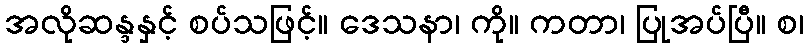
အလိုဆန္ဒနှင့် စပ်သဖြင့်။ ဒေသနာ၊ ကို။ ကတာ၊ ပြုအပ်ပြီ။ စ၊